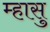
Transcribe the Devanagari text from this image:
म्हासु